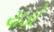
ચડો